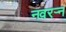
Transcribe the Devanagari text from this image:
नवरर्‍न